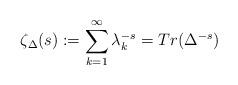
LaTeX: \begin{align*} \zeta_{\Delta}(s) := \sum_{k = 1}^\infty \lambda_k^{-s} = Tr(\Delta^{-s})\end{align*}